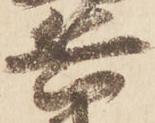
兵